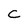
Character: C